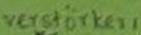
Text: verstärker 1